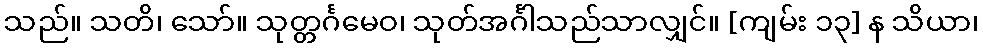
သည်။ သတိ၊ သော်။ သုတ္တင်္ဂမေဝ၊ သုတ်အင်္ဂါသည်သာလျှင်။ [ကျမ်း ၁၃] န သိယာ၊